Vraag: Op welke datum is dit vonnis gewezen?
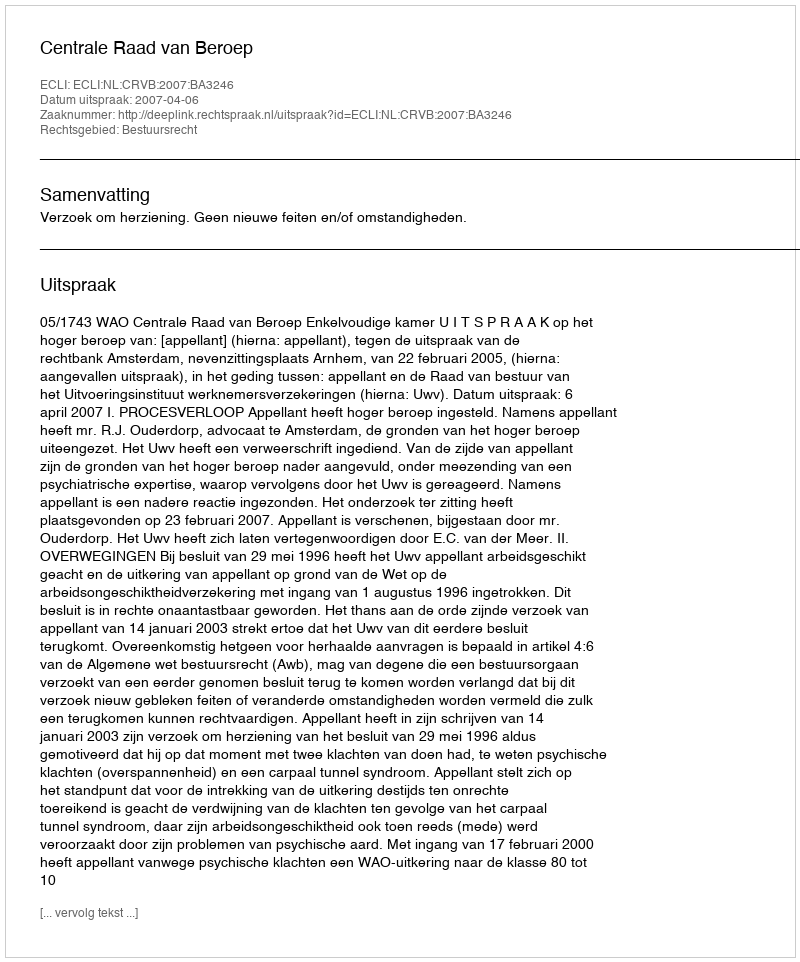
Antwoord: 2007-04-06